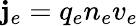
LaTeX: \mathbf{j}_{e}=q_{e}n_{e}v_{e}